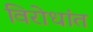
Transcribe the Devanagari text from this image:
विरोधांत